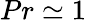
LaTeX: Pr\simeq 1